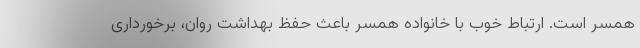
همسر است. ارتباط خوب با خانواده همسر باعث حفظ بهداشت روان، برخورداری